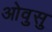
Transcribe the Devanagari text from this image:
ओवुसु